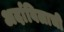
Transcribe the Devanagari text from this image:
अर्दाबिलाची